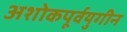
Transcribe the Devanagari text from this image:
अशोकपूर्वयुगीन